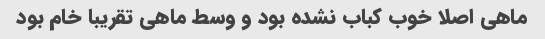
ماهی اصلا خوب کباب نشده بود و وسط ماهی تقریبا خام بود